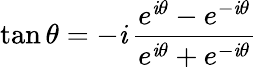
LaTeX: \tan\theta=-\mathit{i}\, {\frac{{e^{\mathit{i}\theta}-e^{-\mathit{i}\theta}}}{{e^{\mathit{i}\theta}+e^{-\mathit{i}\theta}}}}